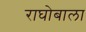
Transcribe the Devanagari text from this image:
राघोबाला